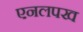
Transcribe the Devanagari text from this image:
एनलपख